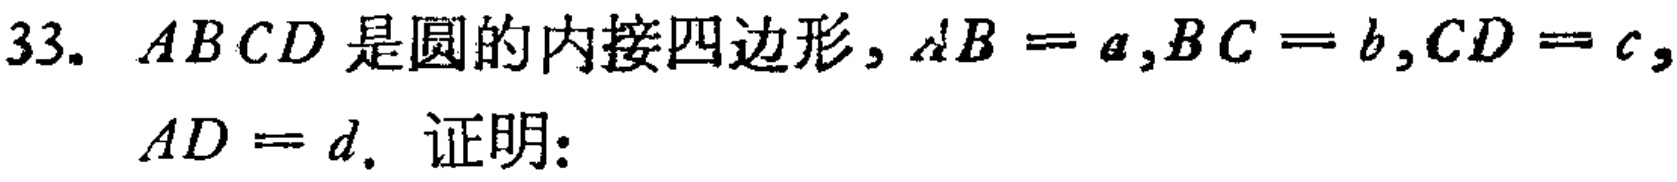
33. \(ABCD\)是圆的内接四边形，\(AB = a,BC = b,CD = c,\)
\(AD = d\). 证明：